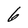
Character: 6